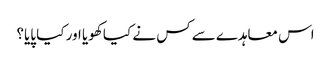
اس معاہدے سے کس نے کیا کھویا اور کیا پایا؟